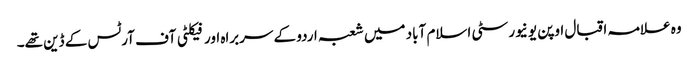
وہ علامہ اقبال اوپن یونیورسٹی اسلام آباد میں شعبہ اردو کے سربراہ اور فیکلٹی آف آرٹس کے ڈین تھے۔